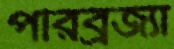
পরিব্রজ্যা